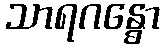
သာရဂန္ဓော